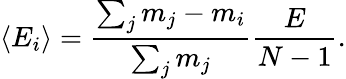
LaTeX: \langle E_{i}\rangle=\frac{\sum_{j}m_{j}-m_{i}}{\sum_{j}m_{j}}\frac{E}{N-1}.